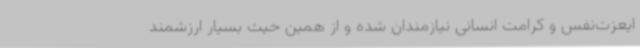
ایعزت‌نفس و کرامت انسانی نیازمندان شده و از همین حیث بسیار ارزشمند